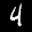
Digit: 4